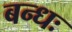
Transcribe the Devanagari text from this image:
बन्धः